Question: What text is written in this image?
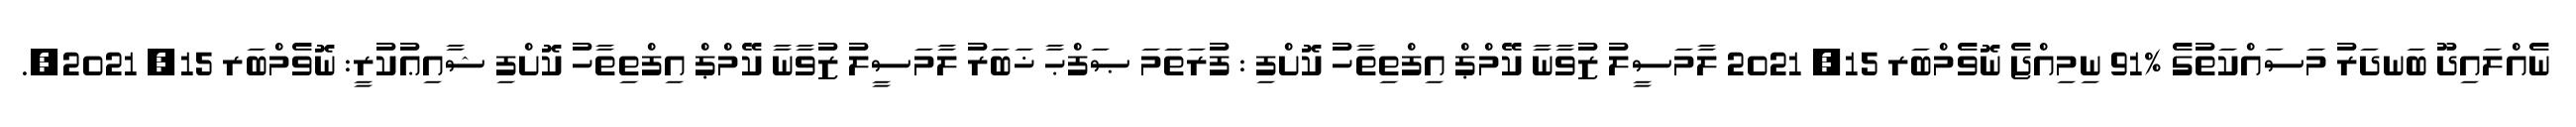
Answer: ނެއްލައިދޫ ބަނދަރު މަސައްކަތުގެ %91 ނިމިއްޖެ ނޮވެމްބަރ 15, 2021 ލާމަސީލު ޒުވާނާ ކޭމްޕް އިފްތިތާހު ކޮށްފި : ފުރަތަމަ ޞަފްޙާ ޚަބަރު ލާމަސީލު ޒުވާނާ ކޭމްޕް އިފްތިތާހު ކޮށްފި ޝާއިޢުކުރީ: ނޮވެމްބަރ 15, 2021,.